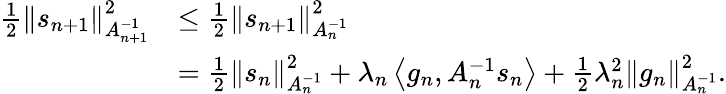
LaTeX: \begin{array}{rl}{\frac{1}{2}\left\Vert s_{n+1}\right\Vert_{A_{n+1}^{-1}}^{2}}&{\leq\frac{1}{2}\left\Vert s_{n+1}\right\Vert_{A_{n}^{-1}}^{2}}\\ &{=\frac{1}{2}\left\Vert s_{n}\right\Vert_{A_{n}^{-1}}^{2}+\lambda_{n}\left\langle g_{n},A_{n}^{-1}s_{n}\right\rangle+\frac{1}{2}\lambda_{n}^{2}\left\Vert g_{n}\right\Vert_{A_{n}^{-1}}^{2}.}\end{array}